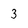
Character: 3